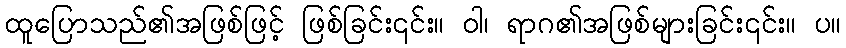
ထူပြောသည်၏အဖြစ်ဖြင့် ဖြစ်ခြင်း၎င်း။ ဝါ၊ ရာဂ၏အဖြစ်များခြင်း၎င်း။ ပ။